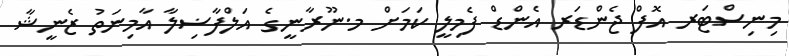
މިނިސްޓަރ އޮފް ޖެންޑަރ އެންޑް ފެމިލީ ކަމަށް މ.ނޫރާނީގެ އަލްފާޟިލާ އާމިނަތު ޒެނީޝާ